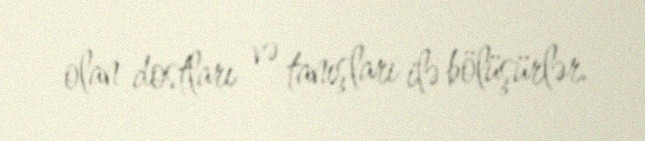
olan dostları və tanışları ilə bölüşürlər.